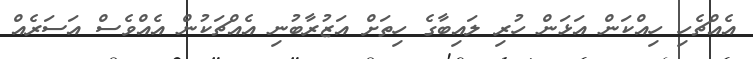
އެއްޗެހި ހިއްކަން އަޅަން ހުރި ލައިބާގެ ހިތަށް އަޒުރާބުނި އެއްޗަކުން އެއްވެސް އަސަރެއް